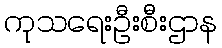
ကုသရေးဦးစီးဌာန